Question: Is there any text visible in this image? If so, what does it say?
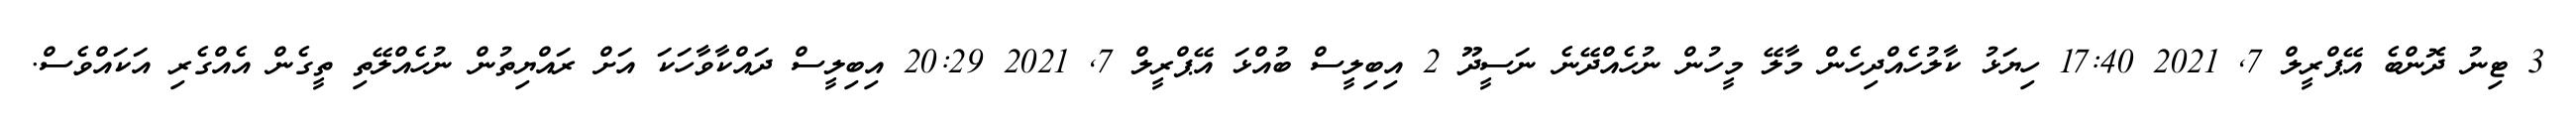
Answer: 3 ޓިނު ދޮންބެ އޭޕްރީލް 7, 2021 17:40 ހިޔަޅު ކާލުހެއްދިހެން މާލޭ މީހުން ނުހެއްދޭނެ ނަސީދޫ 2 އިބިލީސް ބުއްޅަ އޭޕްރީލް 7, 2021 20:29 އިބިލީސް ދައްކާވާހަކަ އަށް ރައްޔިތުން ނުހެއްލޭތި ތީގެން އެއްގެރި އަކައްވެސް.